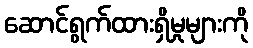
ဆောင်ရွက်ထားရှိမှုများကို